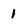
Character: 1